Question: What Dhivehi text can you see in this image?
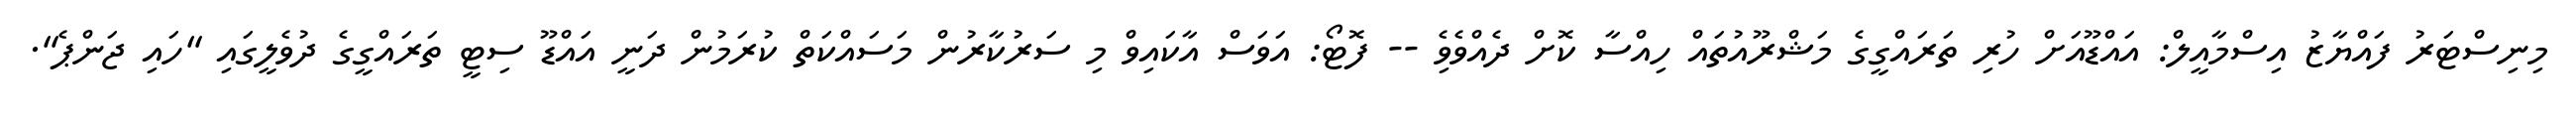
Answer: މިނިސްޓަރު ފައްޔާޒު އިސްމާއީލް: އައްޑޫއަށް ހުރި ތަރައްގީގެ މަޝްރޫއުތައް ހިއްސާ ކޮށް ދެއްވެވެި -- ފޮޓޯ: އަވަސް އާކައިވް މި ސަރުކާރުން މަސައްކަތް ކުރަމުން ދަނީ އައްޑޫ ސިޓީ ތަރައްގީގެ ދުވެލީގައި "ހައި ޖަންޕެ".